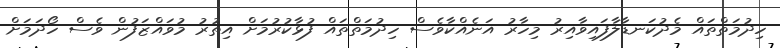
ހިދުމަތްތައް މެދުކަނޑާލާފައިވާއިރު މިހާރު އަނެއްކާވެސް ހިދުމަތްތައް ފުޅާކުރުމަށް އިތުރު މުވައްޒަފުން ވެސް ހޯދަމަށް